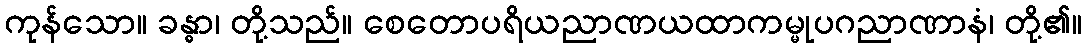
ကုန်သော။ ခန္ဓာ၊ တို့သည်။ စေတောပရိယညာဏယထာကမ္မုပဂညာဏာနံ၊ တို့၏။